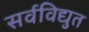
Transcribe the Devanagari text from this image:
सर्वविद्युत